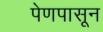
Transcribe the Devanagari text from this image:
पेणपासून